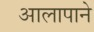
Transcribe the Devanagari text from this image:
आलापाने